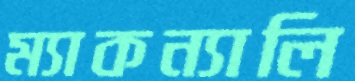
ম্যাকন্যালি